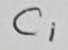
Text: C1